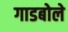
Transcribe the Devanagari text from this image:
गाडबोले